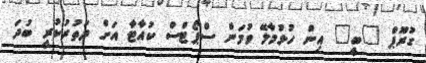
ގުރޫޕް "ބީ" އިން ހުޅުމާލޭ ވުމަން ސްޕޯޓްސް ކުއާޓާ އަށް ދަތުރުކުރީ ބުދަ